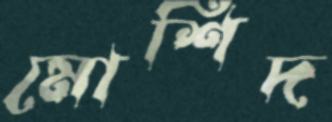
মোর্শিদ